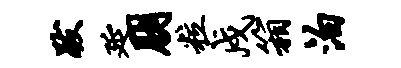
跋延朋粒戍箱泊